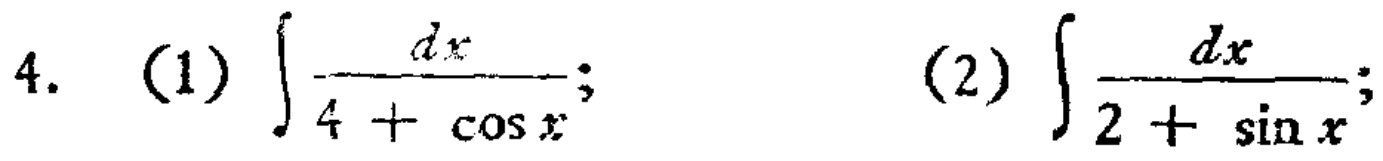
4. (1) \(\int\frac{dx}{4 + \cos x}\); (2) \(\int\frac{dx}{2 + \sin x}\);